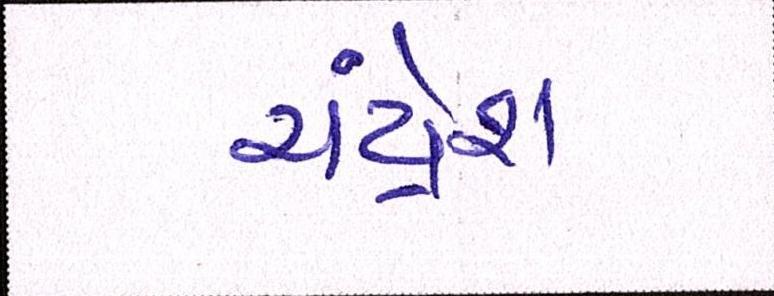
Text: ચંદ્રેશ